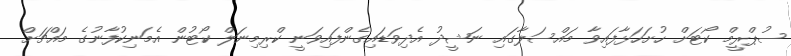
ސުޕްރީމް ކޯޓަށް ހުށަހަޅާފައިވާ މައްސަލާގައި ނަޝީދު އެދިވަޑައިގެންފައިވަނީ ކްރިމިނަލް ކޯޓުން އެމަނިކުފާނުގެ މައްޗަށް